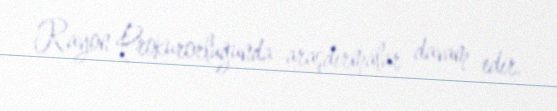
Rayon Prokurorluğunda araşdırmalar davam edir.